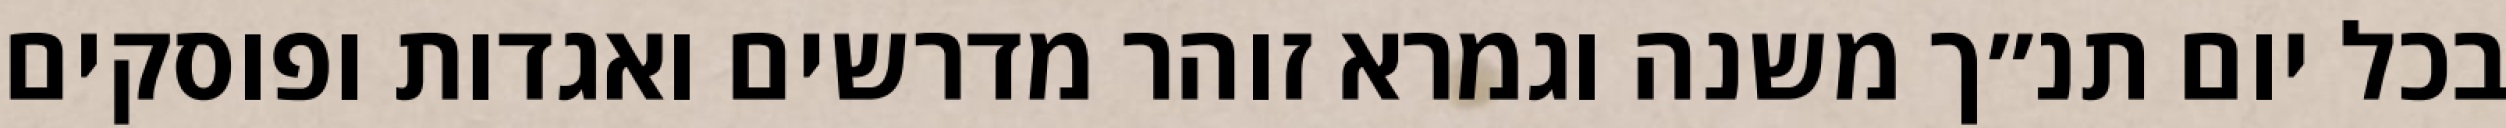
בכל יום תנ״ך משנה וגמרא זוהר מדרשים ואגדות ופוסקים